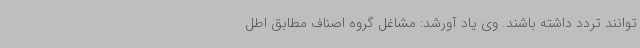
توانند تردد داشته باشند. وی یاد آورشد: مشاغل گروه اصناف مطابق اطل